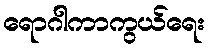
ရောဂါကာကွယ်ရေး